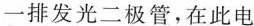
一排发光二极管，在此电